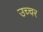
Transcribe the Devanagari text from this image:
उच्चर